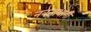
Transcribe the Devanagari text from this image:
नवनाथानी